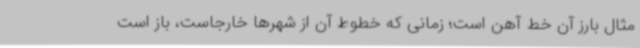
مثال بارز آن خط آهن است؛ زمانی که خطوط آن از شهرها خارجاست، باز است